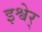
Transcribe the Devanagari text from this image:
इश्वेर्